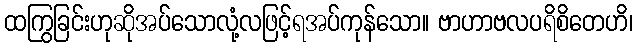
ထကြွခြင်းဟုဆိုအပ်သောလုံ့လဖြင့်ရအပ်ကုန်သော။ ဗာဟာဗလပရိစိတေဟိ၊